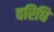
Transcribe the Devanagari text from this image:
वरिधि